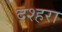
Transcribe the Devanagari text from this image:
दश्हरा